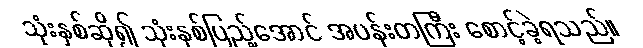
သုံးနှစ်ဆို၍ သုံးနှစ်ပြည့်အောင် အပန်းတကြီး စောင့်ခဲ့ရသည်။